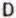
D